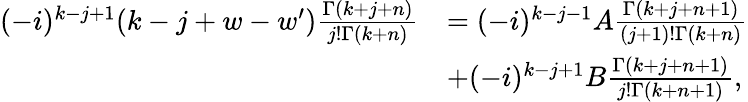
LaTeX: \begin{array}{rl}{(-i)^{k-j+1}(k-j+w-w^{\prime})\frac{\Gamma(k+j+n)}{j!\Gamma(k+n)}}&{=(-i)^{k-j-1}A\frac{\Gamma(k+j+n+1)}{(j+1)!\Gamma(k+n)}}\\ &{+(-i)^{k-j+1}B\frac{\Gamma(k+j+n+1)}{j!\Gamma(k+n+1)},}\end{array}